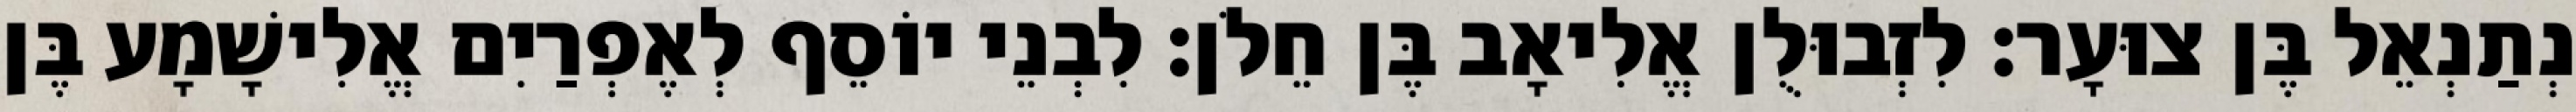
נְתַנְאֵל בֶּן צוּעָר׃ לִזְבוּלֻן אֱלִיאָב בֶּן חֵלֹן׃ לִבְנֵי יוֹסֵף לְאֶפְרַיִם אֱלִישָׁמָע בֶּן